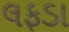
લફડા